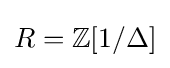
R=\mathbb {Z} [1/\Delta ]